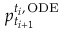
p _ { t _ { i + 1 } } ^ { t _ { i } , \, \mathrm { O D E } }